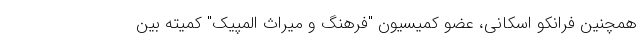
همچنین فرانکو اسکانی، عضو کمیسیون "فرهنگ و میراث المپیک" کمیته بین